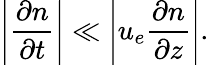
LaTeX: \left|\frac{\partial n}{\partial t}\right|\ll\left|u_{e}\frac{\partial n}{\partial z}\right|.